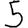
Digit: 5